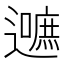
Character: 𮟛